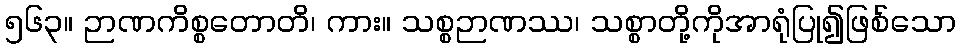
၅၆၃။ ဉာဏကိစ္စတောတိ၊ ကား။ သစ္စဉာဏဿ၊ သစ္စာတို့ကိုအာရုံပြု၍ဖြစ်သော